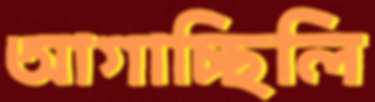
আগাচ্ছিলি